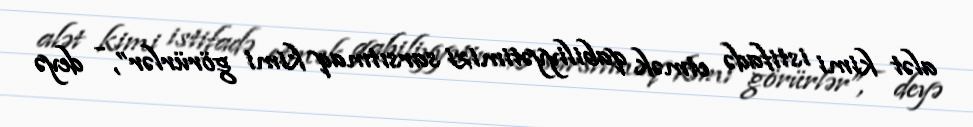
alət kimi istifadə etmək qabiliyyətimizi sarsıtmaq kimi görürlər”, - deyə